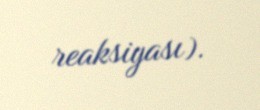
reaksiyası).